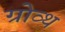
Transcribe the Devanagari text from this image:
ग्रोव्थ